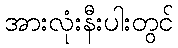
အားလုံးနီးပါးတွင်